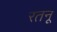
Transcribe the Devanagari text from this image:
रतनू